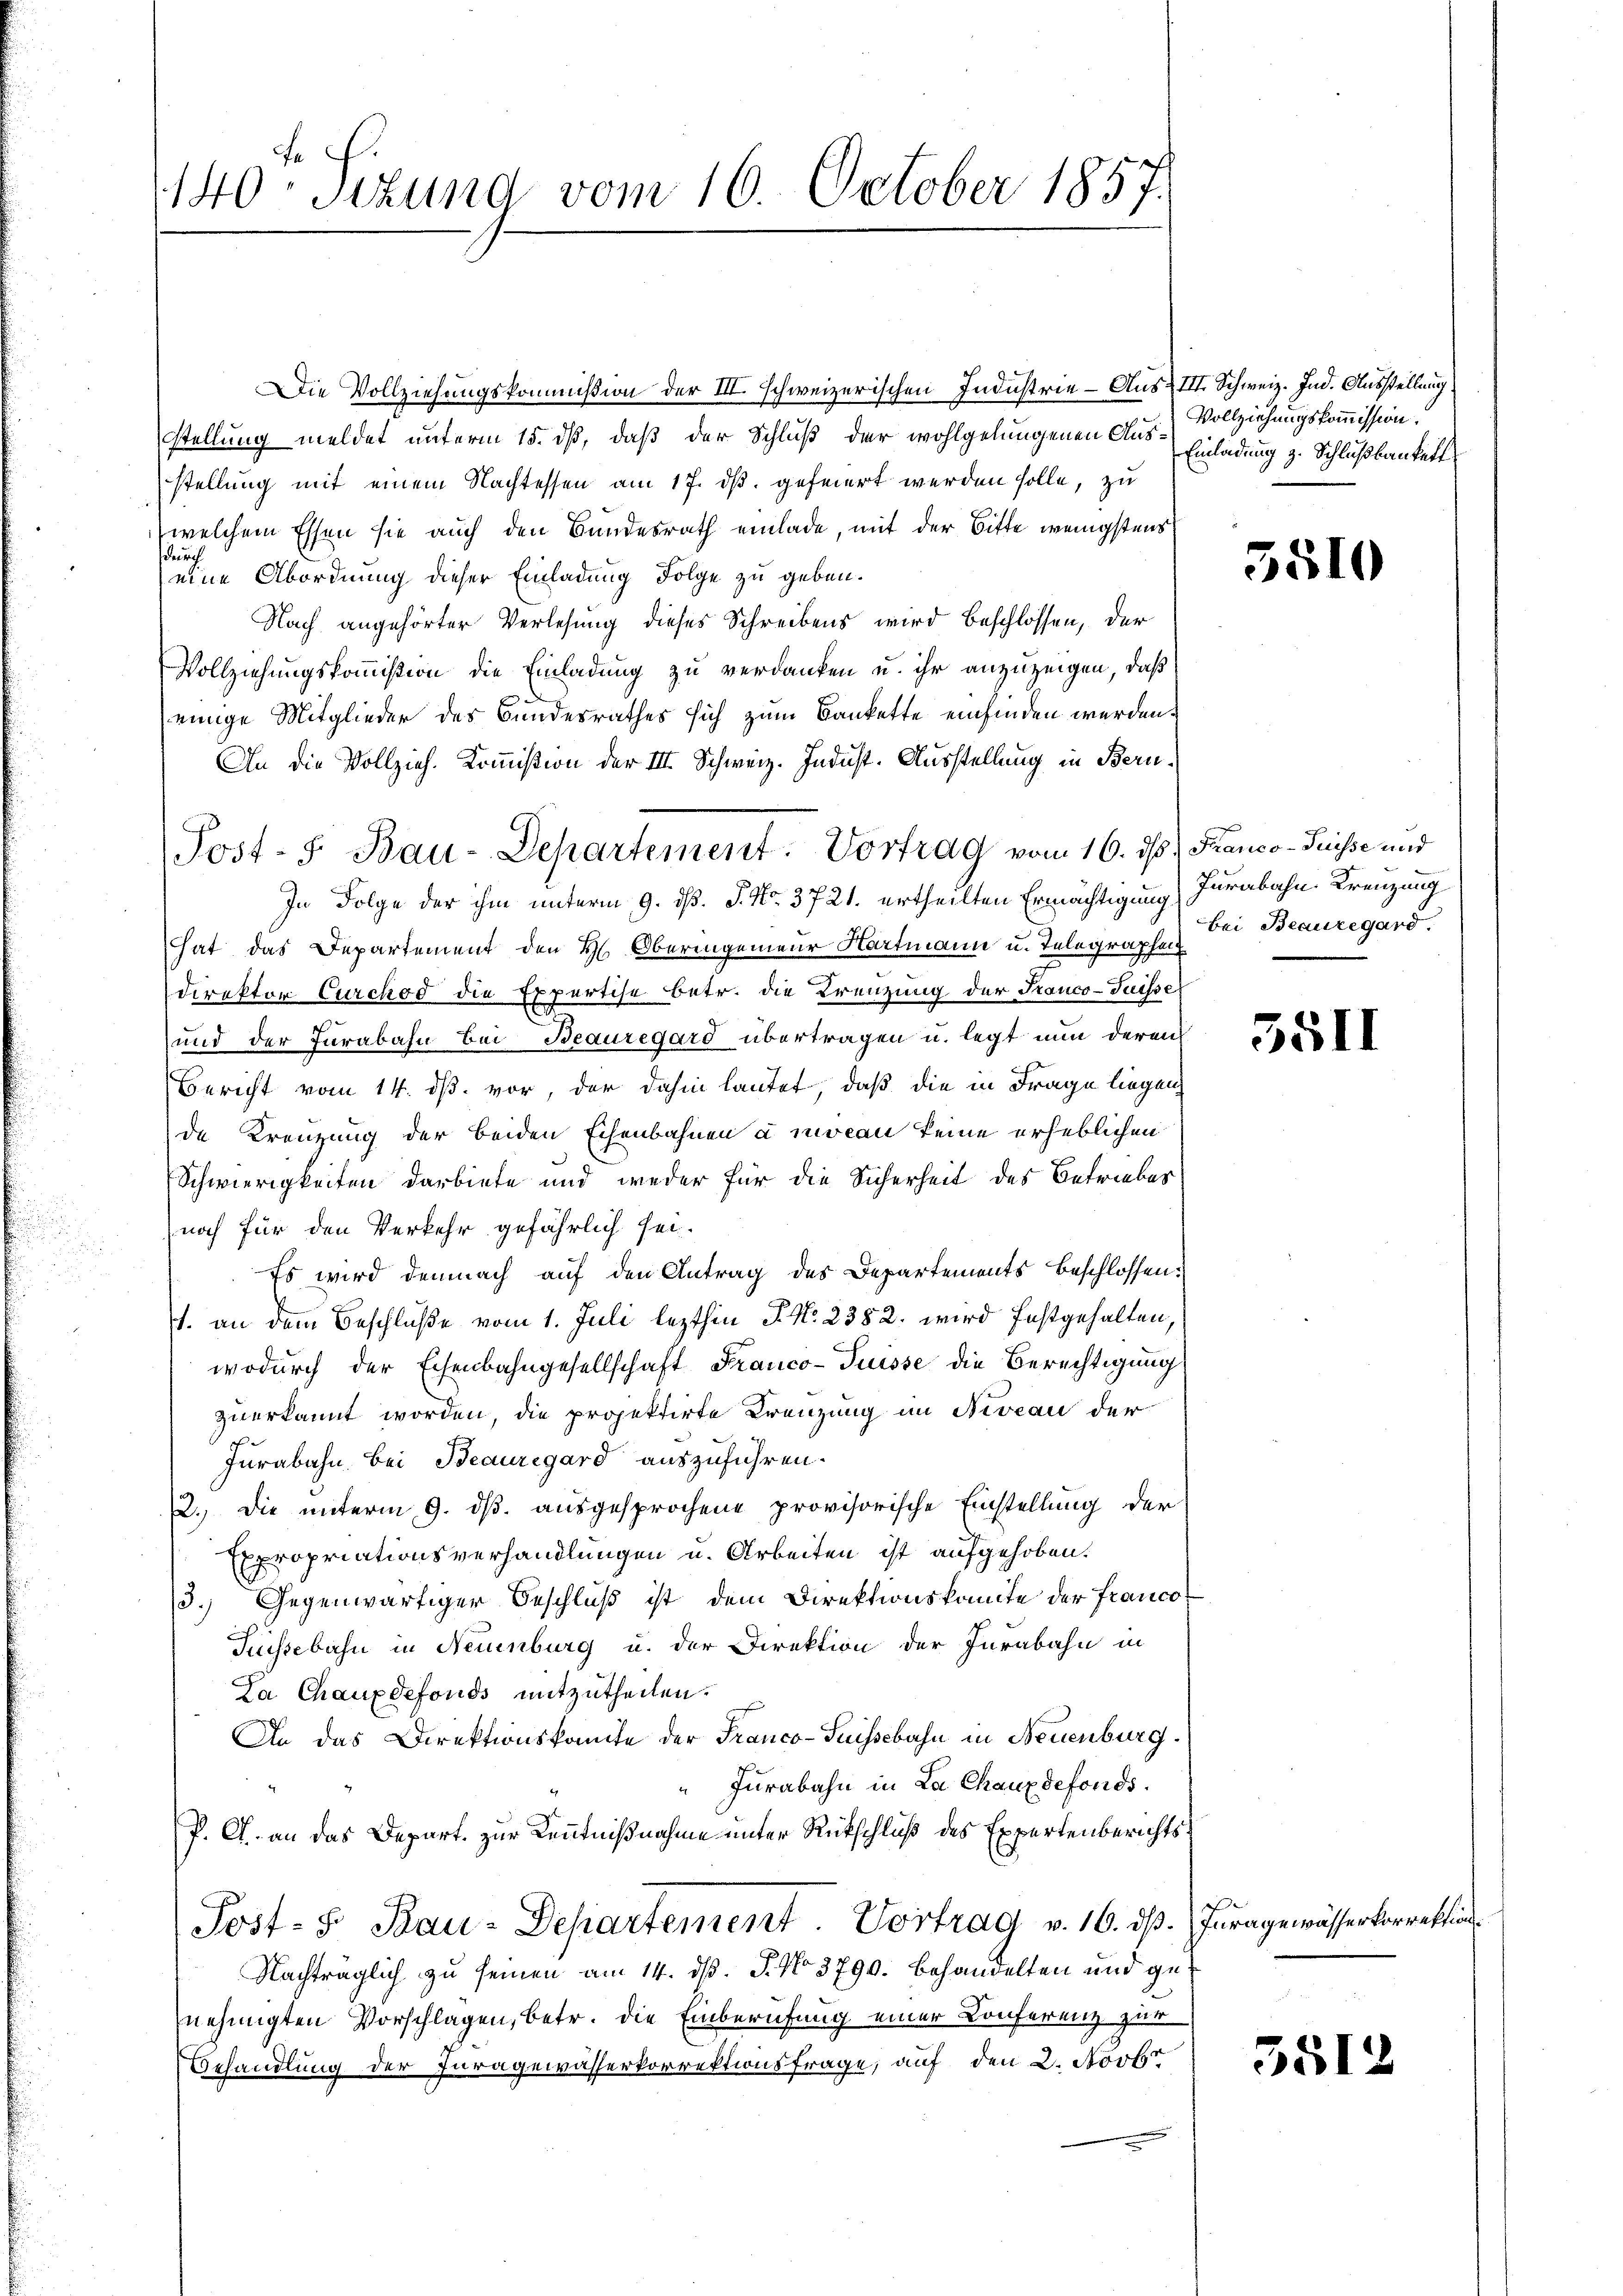
.

140: Sizund vom 16. October 1857.

Post- 5. Bau-Departement: Vortrag vom 16. ds. Franco- Puisse und

Die Vollziehungskommißion der III. Schweizerischen Industrie - Aus III. Schweiz. Ind. Ausstellung
stellung meldet unterm 15. dß, daß der Schluß der wohlgelungenen Aus Vollziehungskommission.
stellung mit einem Nachtessen am 17. dβ gefeiert werden solle, zu
welchem Essen sie auch den Bundesrath einlade, mit der Bitte wenigstens
sdurch
eine Abordnung dieser Einladung Folge zu geben.
Nach angehörter Verlesung dieses Schreibens wird beschlossen, der
Vollziehungskommission die Einladung zu verdanken u. ihr anzuzeigen, daß
einige Mitglieder des Bundesrathes sich zum Bankette einfinden werden.
An die Vollzieh. Kommißion der III. Schweiz. Indust. Ausstellung in Beru¬
In Folge der ihm unterm 9. d. J. No. 3721. ertheilten Ermächtigung
hat das Departement den H. Oberingenieur Hartmann u. Telegraphen
Direktor Curchod die Expertise betr. die Kreuzung der Franco-Puisse
und der Jurabahn bei Beauregard übertragen u. legt nun deren
Bericht vom 14. ds. vor, der dahin lautet, daß die in Frage liegen
de Kreuzung der beiden Eisenbahnen u. mocan keine erheblichen
Schwierigkeiten darbiete und weder für die Sicherheit des Betriebes
noch für den Verkehr gefährlich sei.
Es wird demnach auf den Antrag des Departements beschlossen:
s. an dem Beschluße vom 1. Juli lezthin P. N. 2382. wird festgehalten,
wodurch der Eisenbahngesellschaft Franco- Puisse die Berechtigung
zuerkannt worden, die projektirte Kreuzung im Niveau der
Jurabahn bei Beauregard auszuführen.
2.) Die unterm 9. ds. ausgesprochene provisorische Einstellung der
Expropriationsverhandlungen u. Arbeiten ist aufgehoben.
3.) Gegenwärtiger Beschluß ist dem Direktionskomite der Franco
Puissebahn in Neuenburg u. der Direktion der Jurabahn in
La Chauxdefonds mitzutheilen.
An das Direktionskomite der Franco-Suissebahn in Neuenburg.
Jurabahn in La Chaux defonds.
P. C. an das Depart. zur Kenntnißnahme unter Rütschluß des Expertenberichts¬
Post- S Bau-Departement. Vortrag v. 16. dß. Juragewässerkorrektion
Nachträglich zu seinen am 14. dß. P. No 3790. Behandelten und genehmigten Vorschlagen, betr. die Einberufung einer Konferenz zur
Behandlung der Juragewässerkorrektionsfrage, auf den 2. Novbr

Einladung z. Schlußbautett

5810

Furabahn. Kreuzung
bei Beauregard.

3511

3512